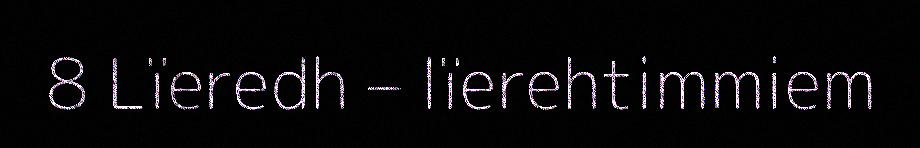
8 Lïeredh – lïerehtimmiem